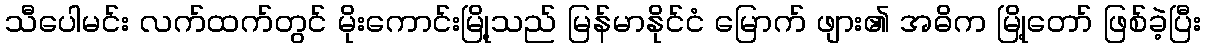
သီပေါမင်း လက်ထက်တွင် မိုးကောင်းမြို့သည် မြန်မာနိုင်ငံ မြောက် ဖျား၏ အဓိက မြို့တော် ဖြစ်ခဲ့ပြီး